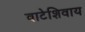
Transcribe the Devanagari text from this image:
वाटेशिवाय